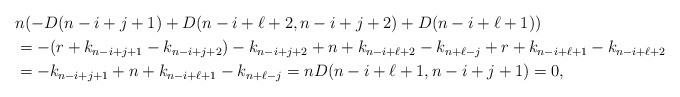
\begin{align*}&n(-D(n-i+j+1)+D(n-i+\ell+2, n-i+j+2)+D(n-i+\ell+1))\\ &=-(r+k_{n-i+j+1}-k_{n-i+j+2})-k_{n-i+j+2}+n+k_{n-i+\ell+2}-k_{n+\ell-j}+r+k_{n-i+\ell+1}-k_{n-i+\ell+2} \\&=-k_{n-i+j+1}+n+k_{n-i+\ell+1}-k_{n+\ell-j}=n D(n-i+\ell+1, n-i+j+1)=0,\end{align*}